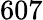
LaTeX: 607